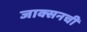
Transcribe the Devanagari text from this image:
जाक्सनची